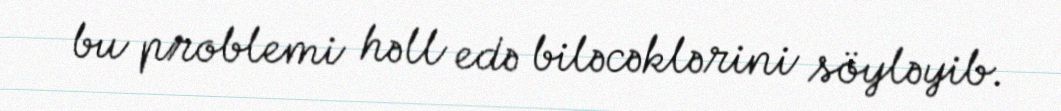
bu problemi həll edə biləcəklərini söyləyib.